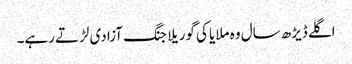
اگلے ڈیڑھ سال وہ ملایا کی گوریلا جنگ آزادی لڑتے رہے۔